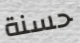
حسنة